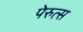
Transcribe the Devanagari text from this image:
पेरुत्स